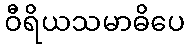
ဝီရိယသမာဓိပေ